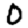
Digit: 0